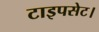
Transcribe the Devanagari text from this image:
टाइपसेट।